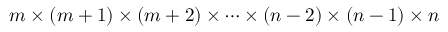
m \times ( m + 1 ) \times ( m + 2 ) \times \cdots \times ( n - 2 ) \times ( n - 1 ) \times n